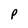
Character: p